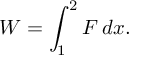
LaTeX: W = \int _ { 1 } ^ { 2 } F \, d x .